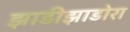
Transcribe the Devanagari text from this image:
झाडीझाडोरा